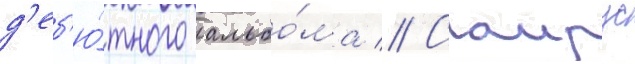
д'еб'ю́тного альбо́ма // Саирус